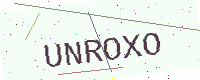
Text: UNROXO